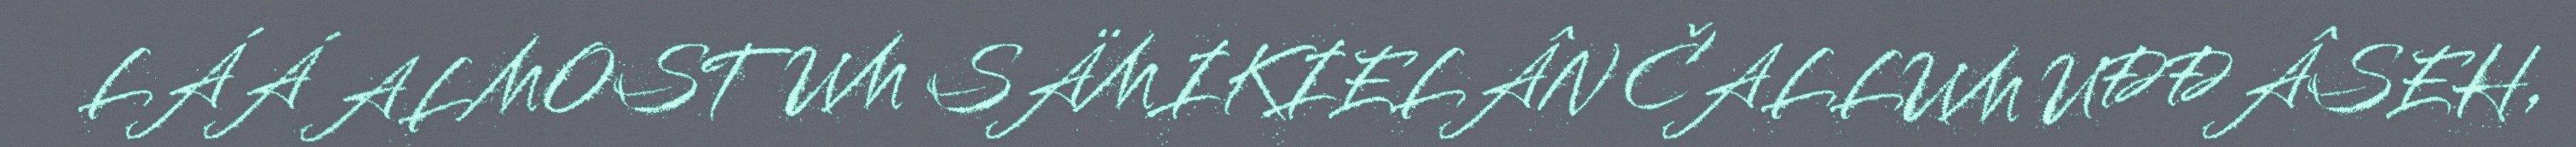
LÁÁ ALMOSTUM SÄMIKIELÂN ČALLUM UĐĐÂSEH,